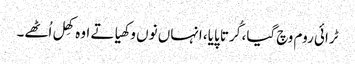
ٹرائی روم وچ گیا، کُرتا پایا، انہاں نوں وکھیا تے اوہ کھِل اُٹھے۔